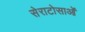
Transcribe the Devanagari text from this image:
सेराटोसाओं